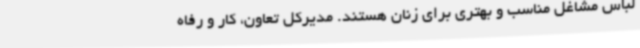
لباس مشاغل مناسب و بهتری برای زنان هستند. مدیرکل تعاون، کار و رفاه